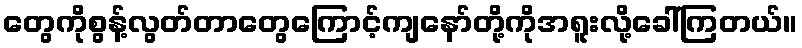
တွေကိုစွန့်လွတ်တာတွေကြောင့်ကျနော်တို့ကိုအရူးလို့ခေါ်ကြတယ်။